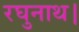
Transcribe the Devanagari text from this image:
रघुनाथ।